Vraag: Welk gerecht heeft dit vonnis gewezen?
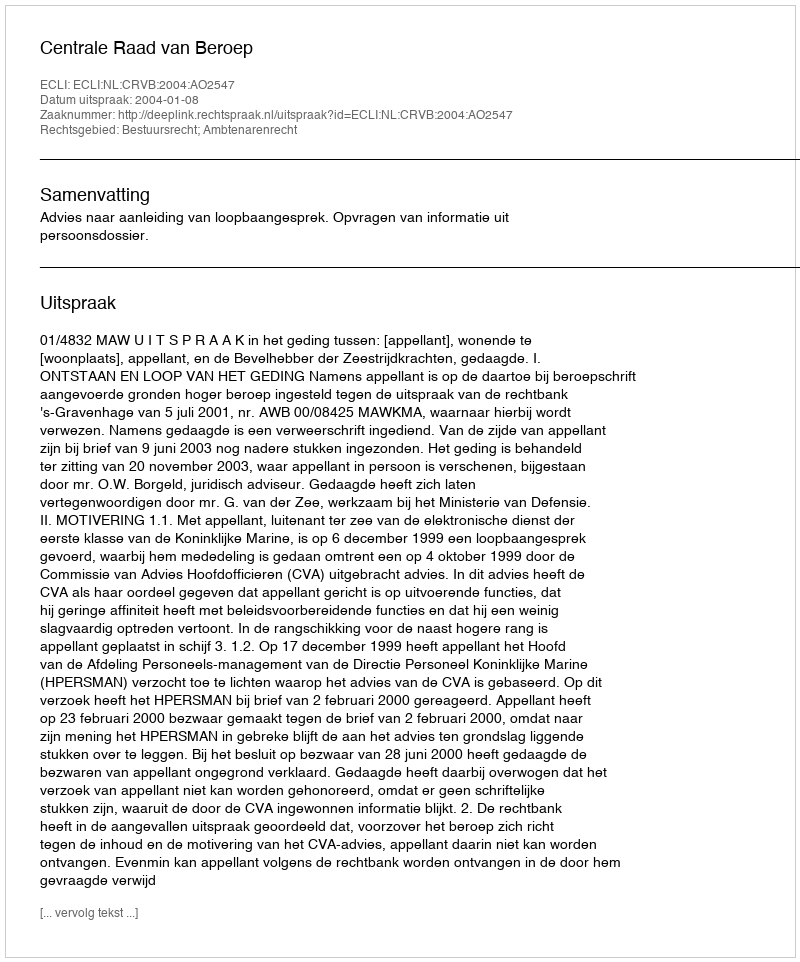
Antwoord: Centrale Raad van Beroep